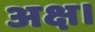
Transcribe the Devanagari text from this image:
अक्ष।